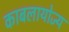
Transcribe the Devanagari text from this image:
काबलायोज्य